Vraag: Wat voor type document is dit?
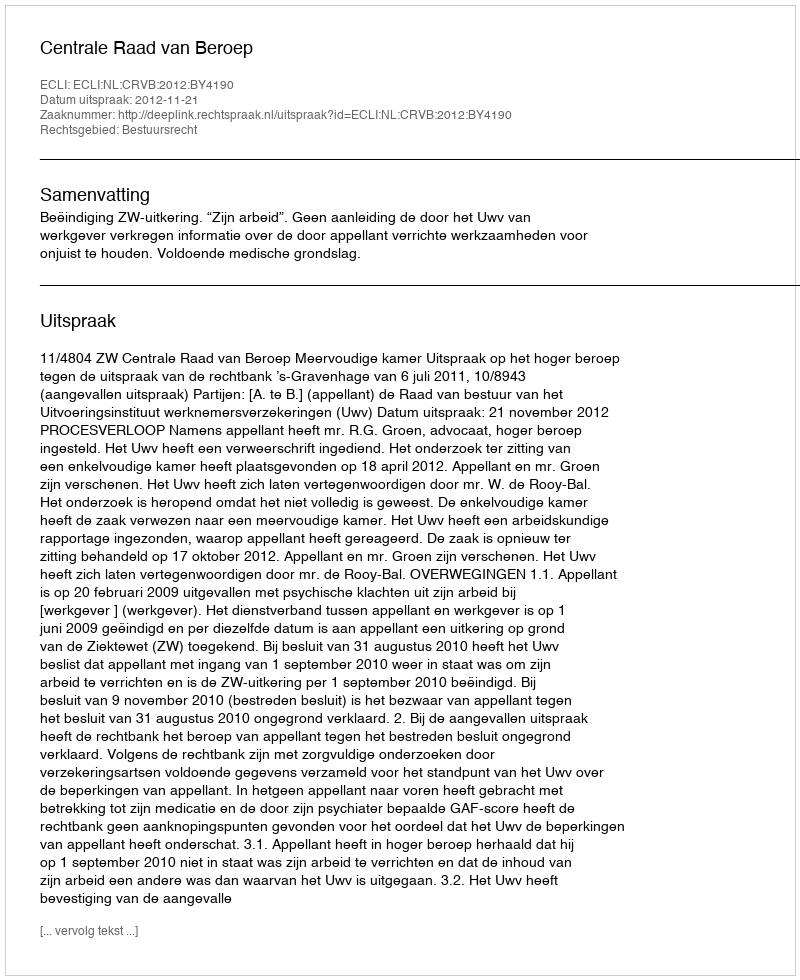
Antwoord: Uitspraak